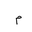
Letter: _mim